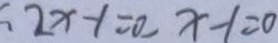
2 x - 1 = 0 , x - 1 = 0